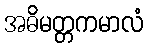
အဓိမတ္တကမာလံ